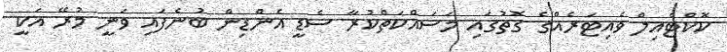
ކޮކްޓެއިލް ވެއިޓަރެއްގެ ގޮތުގައި މަސައްކަތްކުރާ ސެޑީ އެންޑިން ބުނެފައި ވަނީ މުރޭ އަކީ